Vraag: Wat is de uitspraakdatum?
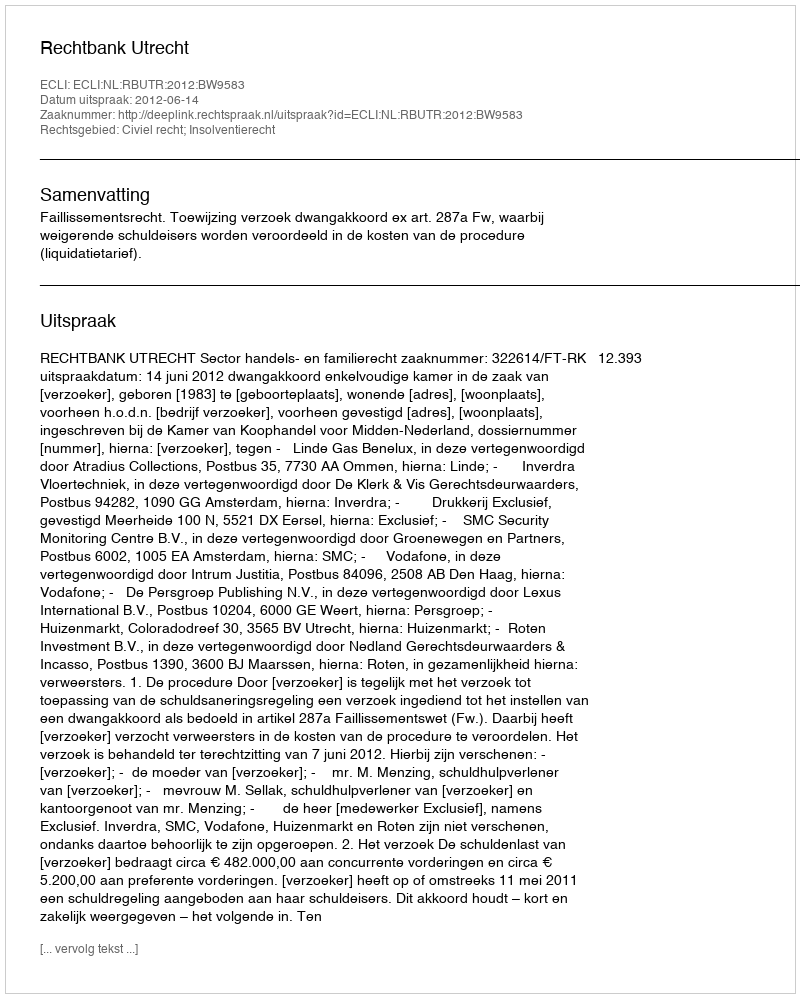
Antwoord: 2012-06-14